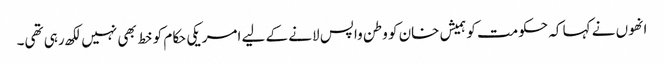
انھوں نے کہا کہ حکومت کو ہمیش خان کو وطن واپس لانے کے لیے امریکی حکام کو خط بھی نہیں لکھ رہی تھی۔